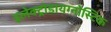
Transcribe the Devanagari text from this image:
इलेक्ट्रोडायग्नोस्टिक